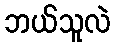
ဘယ်သူလဲ